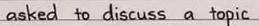
asked to discuss a topic